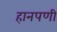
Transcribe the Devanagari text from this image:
हानपणी